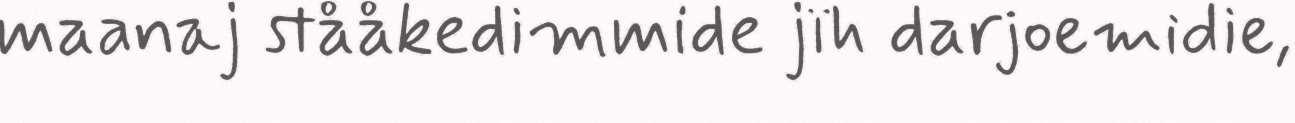
maanaj stååkedimmide jïh darjoemidie,